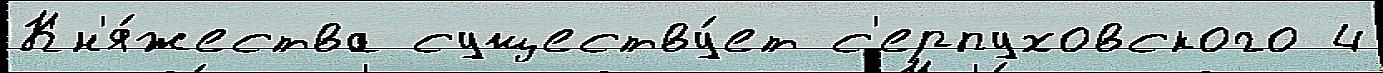
Кн'я́жества существу́ет с'ерпуховского 4